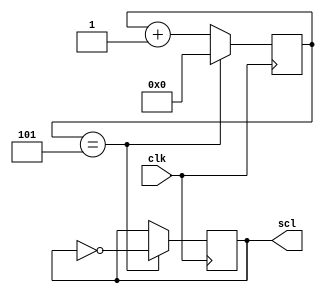
module I2C_Timing_Control (
    input wire clk,              // Input clock signal
    output reg scl               // SCL (clock) signal for I2C bus
);

parameter HALF_PERIOD = 5;      // Half period for generating clock signal

reg [3:0] counter;

always @(posedge clk) begin
    if (counter == HALF_PERIOD) begin
        scl <= ~scl;            // Toggle SCL signal
        counter <= 0;           // Reset counter
    end else begin
        counter <= counter + 1; // Increment counter
    end
end

endmodule